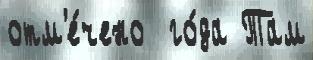
отм'е́чено  го́да Там